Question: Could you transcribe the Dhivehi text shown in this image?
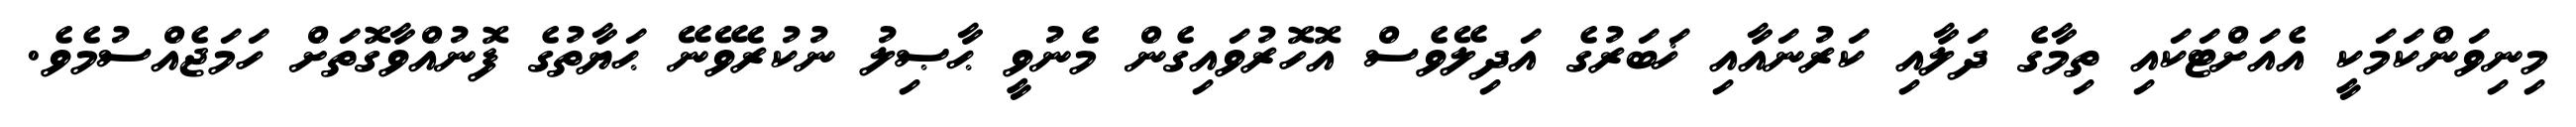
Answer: މިނިވަންކަމަކީ އެއަށްޓަކައި ތިމާގެ ދަލާއި ކަރުނައާއި ޚަބަރުގެ އަދިލޭވެސް އޮހޮރުވައިގެން މެނުވީ ޙާޞިލު ނުކުރެވޭނޭ ޙަޔާތުގެ ފޮނުއްވާގޮތަށް ހަމަޖެއްސުމެވެ.